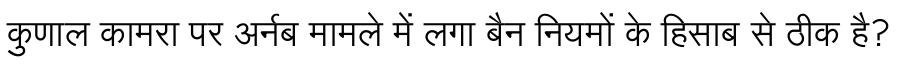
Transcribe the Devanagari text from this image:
कुणाल कामरा पर अर्नब मामले में लगा बैन नियमों के हिसाब से ठीक है?